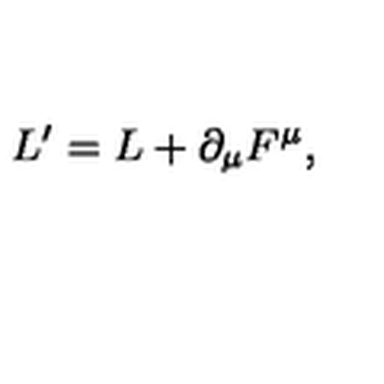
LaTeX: L ^ { \prime } = L + \partial _ { \mu } F ^ { \mu } ,